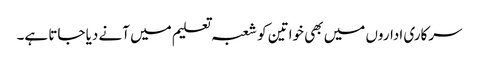
سرکاری اداروں میں بھی خواتین کو شعبہ تعلیم میں آنے دیا جاتا ہے۔